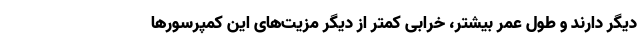
دیگر دارند و طول عمر بیشتر، خرابی کمتر از دیگر مزیت‌های این کمپرسورها